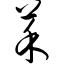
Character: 菜